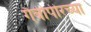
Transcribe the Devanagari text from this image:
गैबीपीरच्या